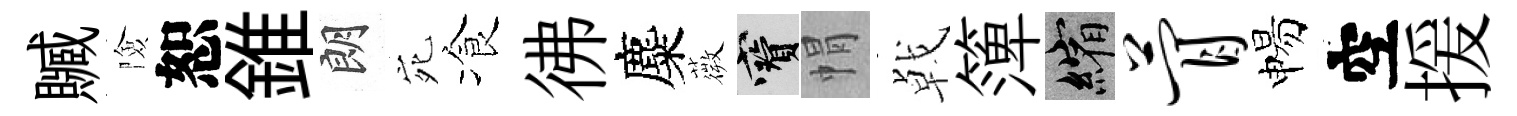
贓險恕錐朗宛飡彿麋薇寶㡌㦸𥱼縮瞢惕空援